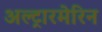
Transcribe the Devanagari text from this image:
अल्ट्रारमेरिन